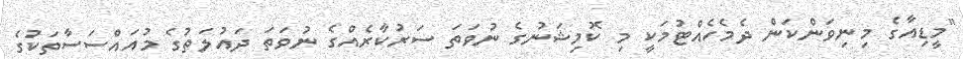
"މީޑިއާގެ މިނިވަންކަން ދެމެހެއްޓުމަކީ މި ކޮމިޝަނުގެ ނުވަތަ ސަރުކާރެއްގެ ނުވަތަ ދައުލަތުގެ މުއައްސަސާތަކުގެ